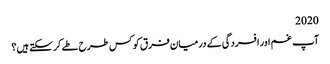
2020
آپ غم اور افسردگی کے درمیان فرق کو کس طرح طے کرسکتے ہیں؟